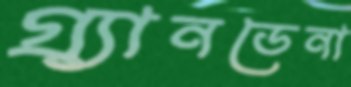
গ্র্যানডেনা